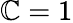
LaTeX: \mathbb{C}=1